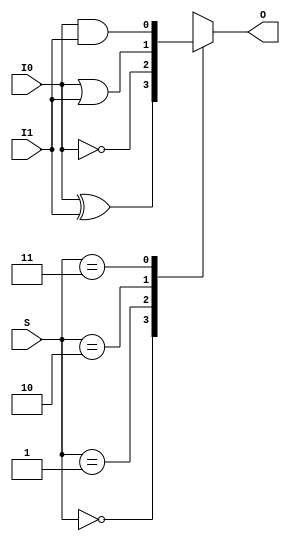
////////////////////////////////////////////////////////////////
// (c) 2018
// IDVR Modules
//
////////////////////////////////////////////////////////////////

`ifndef FFD
`define FFD 1
`endif

module idvr_bitlogic #(
    parameter W=1
) (
    input  [W-1:0] I0,
    input  [W-1:0] I1,
    output [W-1:0] O,
    input  [1:0]   S
);

    /*///
    The bit logic module is for logical operations that perform bitwise AND, OR, XOR
    and NOT on I0,I1 and place the result in O. Operation NOT does not use I1
    
    Definition on control S:
    
    0b00 : XOR
    0b01 : NOT
    0b10 : OR
    0b11 : AND
    *////
    reg [W-1:0] wO;
    always @(*) begin : switch
        case (S) // synopsys parallel_case
            2'b00 : wO = I0 ^ I1;
            2'b01 : wO = ~I0;
            2'b10 : wO = I0 | I1;
            2'b11 : wO = I0 & I1;
        endcase
    end
    assign O = wO;
    

endmodule